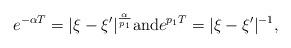
LaTeX: \begin{align*}e^{-\alpha T}=|\xi-\xi'|^{\frac{\alpha}{p_{1}}} \textnormal{and} e^{p_{1}T}=|\xi-\xi'|^{-1}, \end{align*}